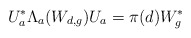
\begin{align*}U_{a}^{*}\Lambda_{a}(W_{d,g})U_{a}=\pi(d)W_{g}^{*}\end{align*}